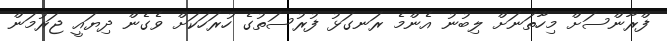
ފްރާންސަށް މިހާތަނަށް ލިބުނު އެންމެ ރަނގަޅު ފުރުސަތުގެ ހުރަހަކަށް ވެގެން ދިޔައީ ޖަރުމަން